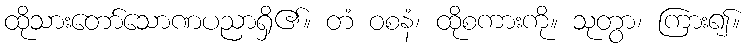
ထိုသားတော်သောဏပညာရှိ၏။ တံ ဝစနံ၊ ထိုစကားကို။ သုတွာ၊ ကြား၍။